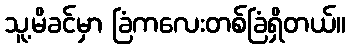
သူ့မိခင်မှာ ခြံကလေးတစ်ခြံရှိတယ်။